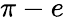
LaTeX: \pi-e